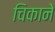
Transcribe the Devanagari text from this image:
चिकाने